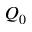
Q _ { 0 }